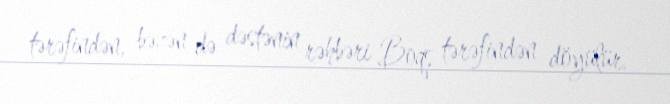
tərəfindən, bəzən də dəstənin rəhbəri Boqs tərəfindən döyülür.